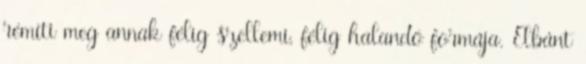
rémíti meg annak félig szellemi, félig halandó formája. Elbánt